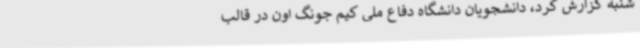
شنبه گزارش کرد،‌ دانشجویان دانشگاه دفاع ملی کیم جونگ اون در قالب